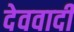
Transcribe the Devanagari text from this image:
देववादी